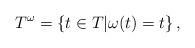
LaTeX: \begin{align*}T^\omega = \{ t\in T | \omega(t) =t \} \,,\end{align*}